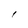
Character: l